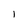
Character: l